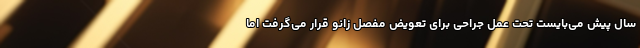
سال پیش می‌بایست تحت عمل جراحی برای تعویض مفصل زانو قرار می‌گرفت اما